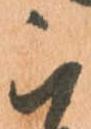
被